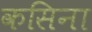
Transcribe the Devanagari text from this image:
कसिना